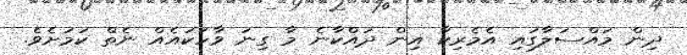
ދިން މައްސަލާގައި އެމެރިކާ އިން ދައްކާނެ މާ ގިނަ ވާހަކައެއް ނެތް ކަމަށެވެ.